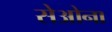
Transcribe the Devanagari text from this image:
सेओना